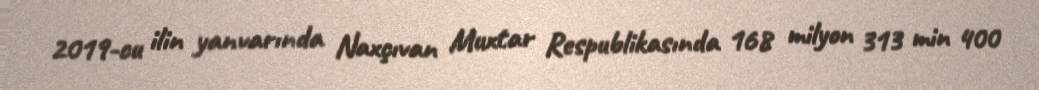
2019-cu ilin yanvarında Naxçıvan Muxtar Respublikasında 168 milyon 313 min 400